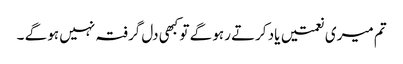
تم میری نعمتیں یاد کرتے رہو گے تو کبھی دل گرفتہ نہیں ہو گے ۔